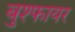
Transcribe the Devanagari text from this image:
बुश्फायर